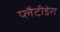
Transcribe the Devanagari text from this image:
प्लैटीडेरा